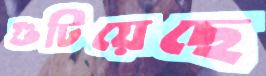
গুটিয়েছে